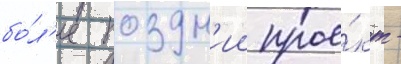
бо́л'ее поздн'ии прое́кт -